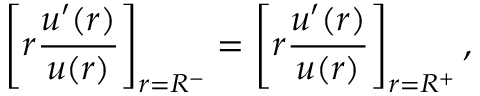
\left[ r \frac { u ^ { \prime } ( r ) } { u ( r ) } \right] _ { r = R ^ { - } } = \left[ r \frac { u ^ { \prime } ( r ) } { u ( r ) } \right] _ { r = R ^ { + } } ,